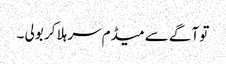
تو آگے سے میڈم سر ہلا کر بولی ۔